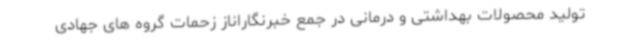
تولید محصولات بهداشتی و درمانی در جمع خبرنگاراناز زحمات گروه های جهادی